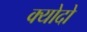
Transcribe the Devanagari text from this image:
क्योदो